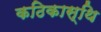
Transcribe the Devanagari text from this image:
कठिकास्थि